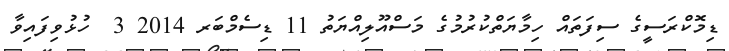
ޑިމޮކްރަސީގެ ސިފަތައް ހިމާޔަތްކުރުމުގެ މަސްއޫލިއްޔަތު 11 ޑިސެމްބަރ 2014 3  ހުޅުވިފައިވާ